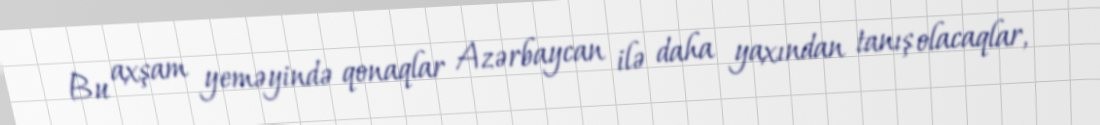
Bu axşam yeməyində qonaqlar Azərbaycan ilə daha yaxından tanış olacaqlar,